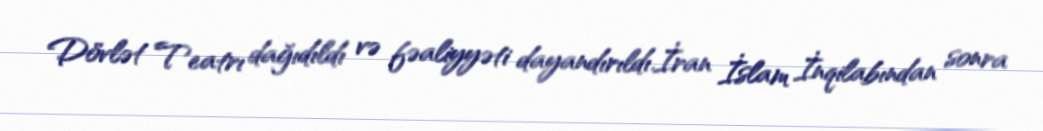
Dövlət Teatrı dağıdıldı və fəaliyyəti dayandırıldı.İran İslam İnqilabından sonra